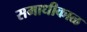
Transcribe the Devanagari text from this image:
समाधीकाळ